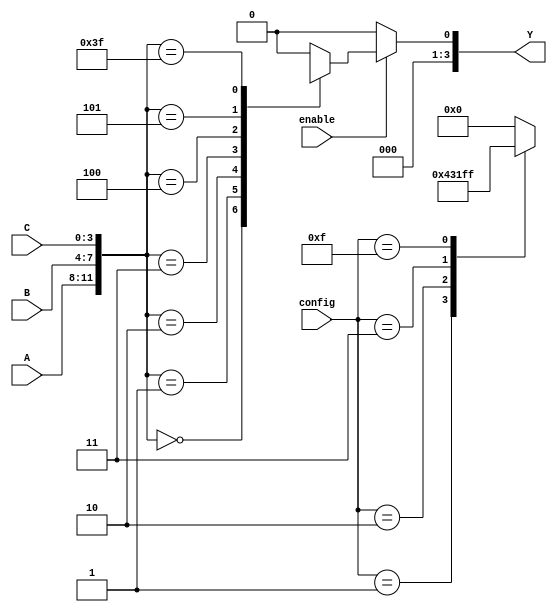
module CLB (
    input wire [3:0] A,         // Inputs (up to 4 inputs)
    input wire [3:0] B,         // Additional inputs for extended functionality
    input wire [3:0] C,         // Additional inputs for extended functionality
    input wire [3:0] config,    // Configuration bits from SRAM
    input wire enable,           // Control signal to enable the CLB
    output reg [3:0] Y          // Outputs (up to 4 outputs)
);

// Internal signal declaration
reg [15:0] LUT;                // Lookup Table for 4-input logic (2^4 = 16 entries)

// Function to load the LUT based on the configuration bits
always @(*) begin
    case (config)
        4'b0000: LUT = 16'b0000000000000000; // Function 0
        4'b0001: LUT = 16'b0000000000000001; // Function 1
        4'b0010: LUT = 16'b0000000000000011; // Function 2
        4'b0011: LUT = 16'b0000000000000111; // Function 3
        // Additional configurations can be added here
        // ...
        4'b1111: LUT = 16'b1111111111111111; // Function 15
        default: LUT = 16'b0000000000000000; // Default case
    endcase
end

// Combinational logic implementation
always @(*) begin
    if (enable) begin
        // Select output based on inputs A, B, C
        case ({A, B, C}) // Concatenate inputs to create a single address
            6'b000000: Y = LUT[0];   // Address 0
            6'b000001: Y = LUT[1];   // Address 1
            6'b000010: Y = LUT[2];   // Address 2
            6'b000011: Y = LUT[3];   // Address 3
            6'b000100: Y = LUT[4];   // Address 4
            6'b000101: Y = LUT[5];   // Address 5
            // Additional cases can be added here
            // ...
            6'b111111: Y = LUT[63];  // Address 63 (for a larger LUT)
            default: Y = 4'b0000;     // Default output
        endcase
    end else begin
        Y = 4'b0000; // If not enabled, output is low
    end
end

endmodule